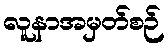
လူနာအမှတ်စဉ်